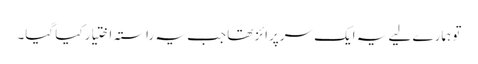
تو ہمارے لیے یہ ایک سرپرائز تھا جب یہ راستہ اختیار کیا گیا۔